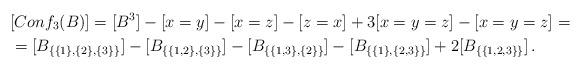
LaTeX: \begin{align*}&[Conf_3(B)]=[B^3]-[x=y]-[x=z]-[z=x]+3[x=y=z]-[x=y=z]= \\&=[B_{\{\{1\},\{2\},\{3\}\}}]-[B_{\{\{1,2\},\{3\}\}}]-[B_{\{\{1,3\},\{2\}\}}]-[B_{\{\{1\},\{2,3\}\}}]+2[B_{\{\{1,2,3\}\}}] \,.\end{align*}